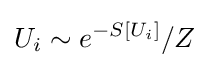
U_{i}\sim e^{-S[U_{i}]}/Z